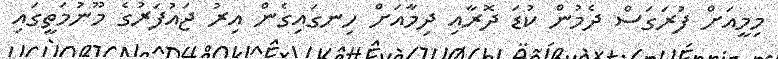
މިމީއަށް ފުރަގަސް ދެމުން ކުޑަ ދޮރާއި ދިމާއަށް ހިނގައިގެން އިރު ޖައުފަރުގެ މޫނުމަތީގައި